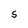
Character: S